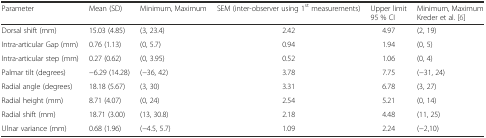
<table><thead><tr><td><b>Parameter</b></td><td><b>Mean (SD)</b></td><td><b>Minimum, Maximum</b></td><td><b>SEM (inter-observer using 1<sup>st</sup> measurements)</b></td><td><b>Upper limit 95 % CI</b></td><td><b>Minimum, Maximum Kreder et al. [6]</b></td></tr></thead><tbody><tr><td>Dorsal shift (mm)</td><td>15.03 (4.85)</td><td>(3, 23.4)</td><td>2.42</td><td>4.97</td><td>(2, 19)</td></tr><tr><td>Intra-articular Gap (mm)</td><td>0.76 (1.13)</td><td>(0, 5.7)</td><td>0.94</td><td>1.94</td><td>(0, 5)</td></tr><tr><td>Intra-articular step (mm)</td><td>0.27 (0.62)</td><td>(0, 3.95)</td><td>0.52</td><td>1.06</td><td>(0, 4)</td></tr><tr><td>Palmar tilt (degrees)</td><td>−6.29 (14.28)</td><td>(−36, 42)</td><td>3.78</td><td>7.75</td><td>(−31, 24)</td></tr><tr><td>Radial angle (degrees)</td><td>18.18 (5.67)</td><td>(3, 30)</td><td>3.31</td><td>6.78</td><td>(3, 27)</td></tr><tr><td>Radial height (mm)</td><td>8.71 (4.07)</td><td>(0, 24)</td><td>2.54</td><td>5.21</td><td>(0, 14)</td></tr><tr><td>Radial shift (mm)</td><td>18.71 (3.00)</td><td>(13, 30.8)</td><td>2.18</td><td>4.48</td><td>(11, 25)</td></tr><tr><td>Ulnar variance (mm)</td><td>0.68 (1.96)</td><td>(−4.5, 5.7)</td><td>1.09</td><td>2.24</td><td>(−2,10)</td></tr></tbody></table>